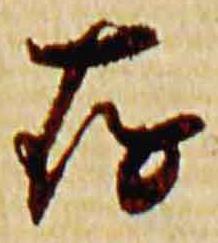
存